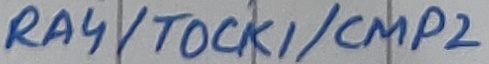
Text: RA4/TOCK1/CMP2